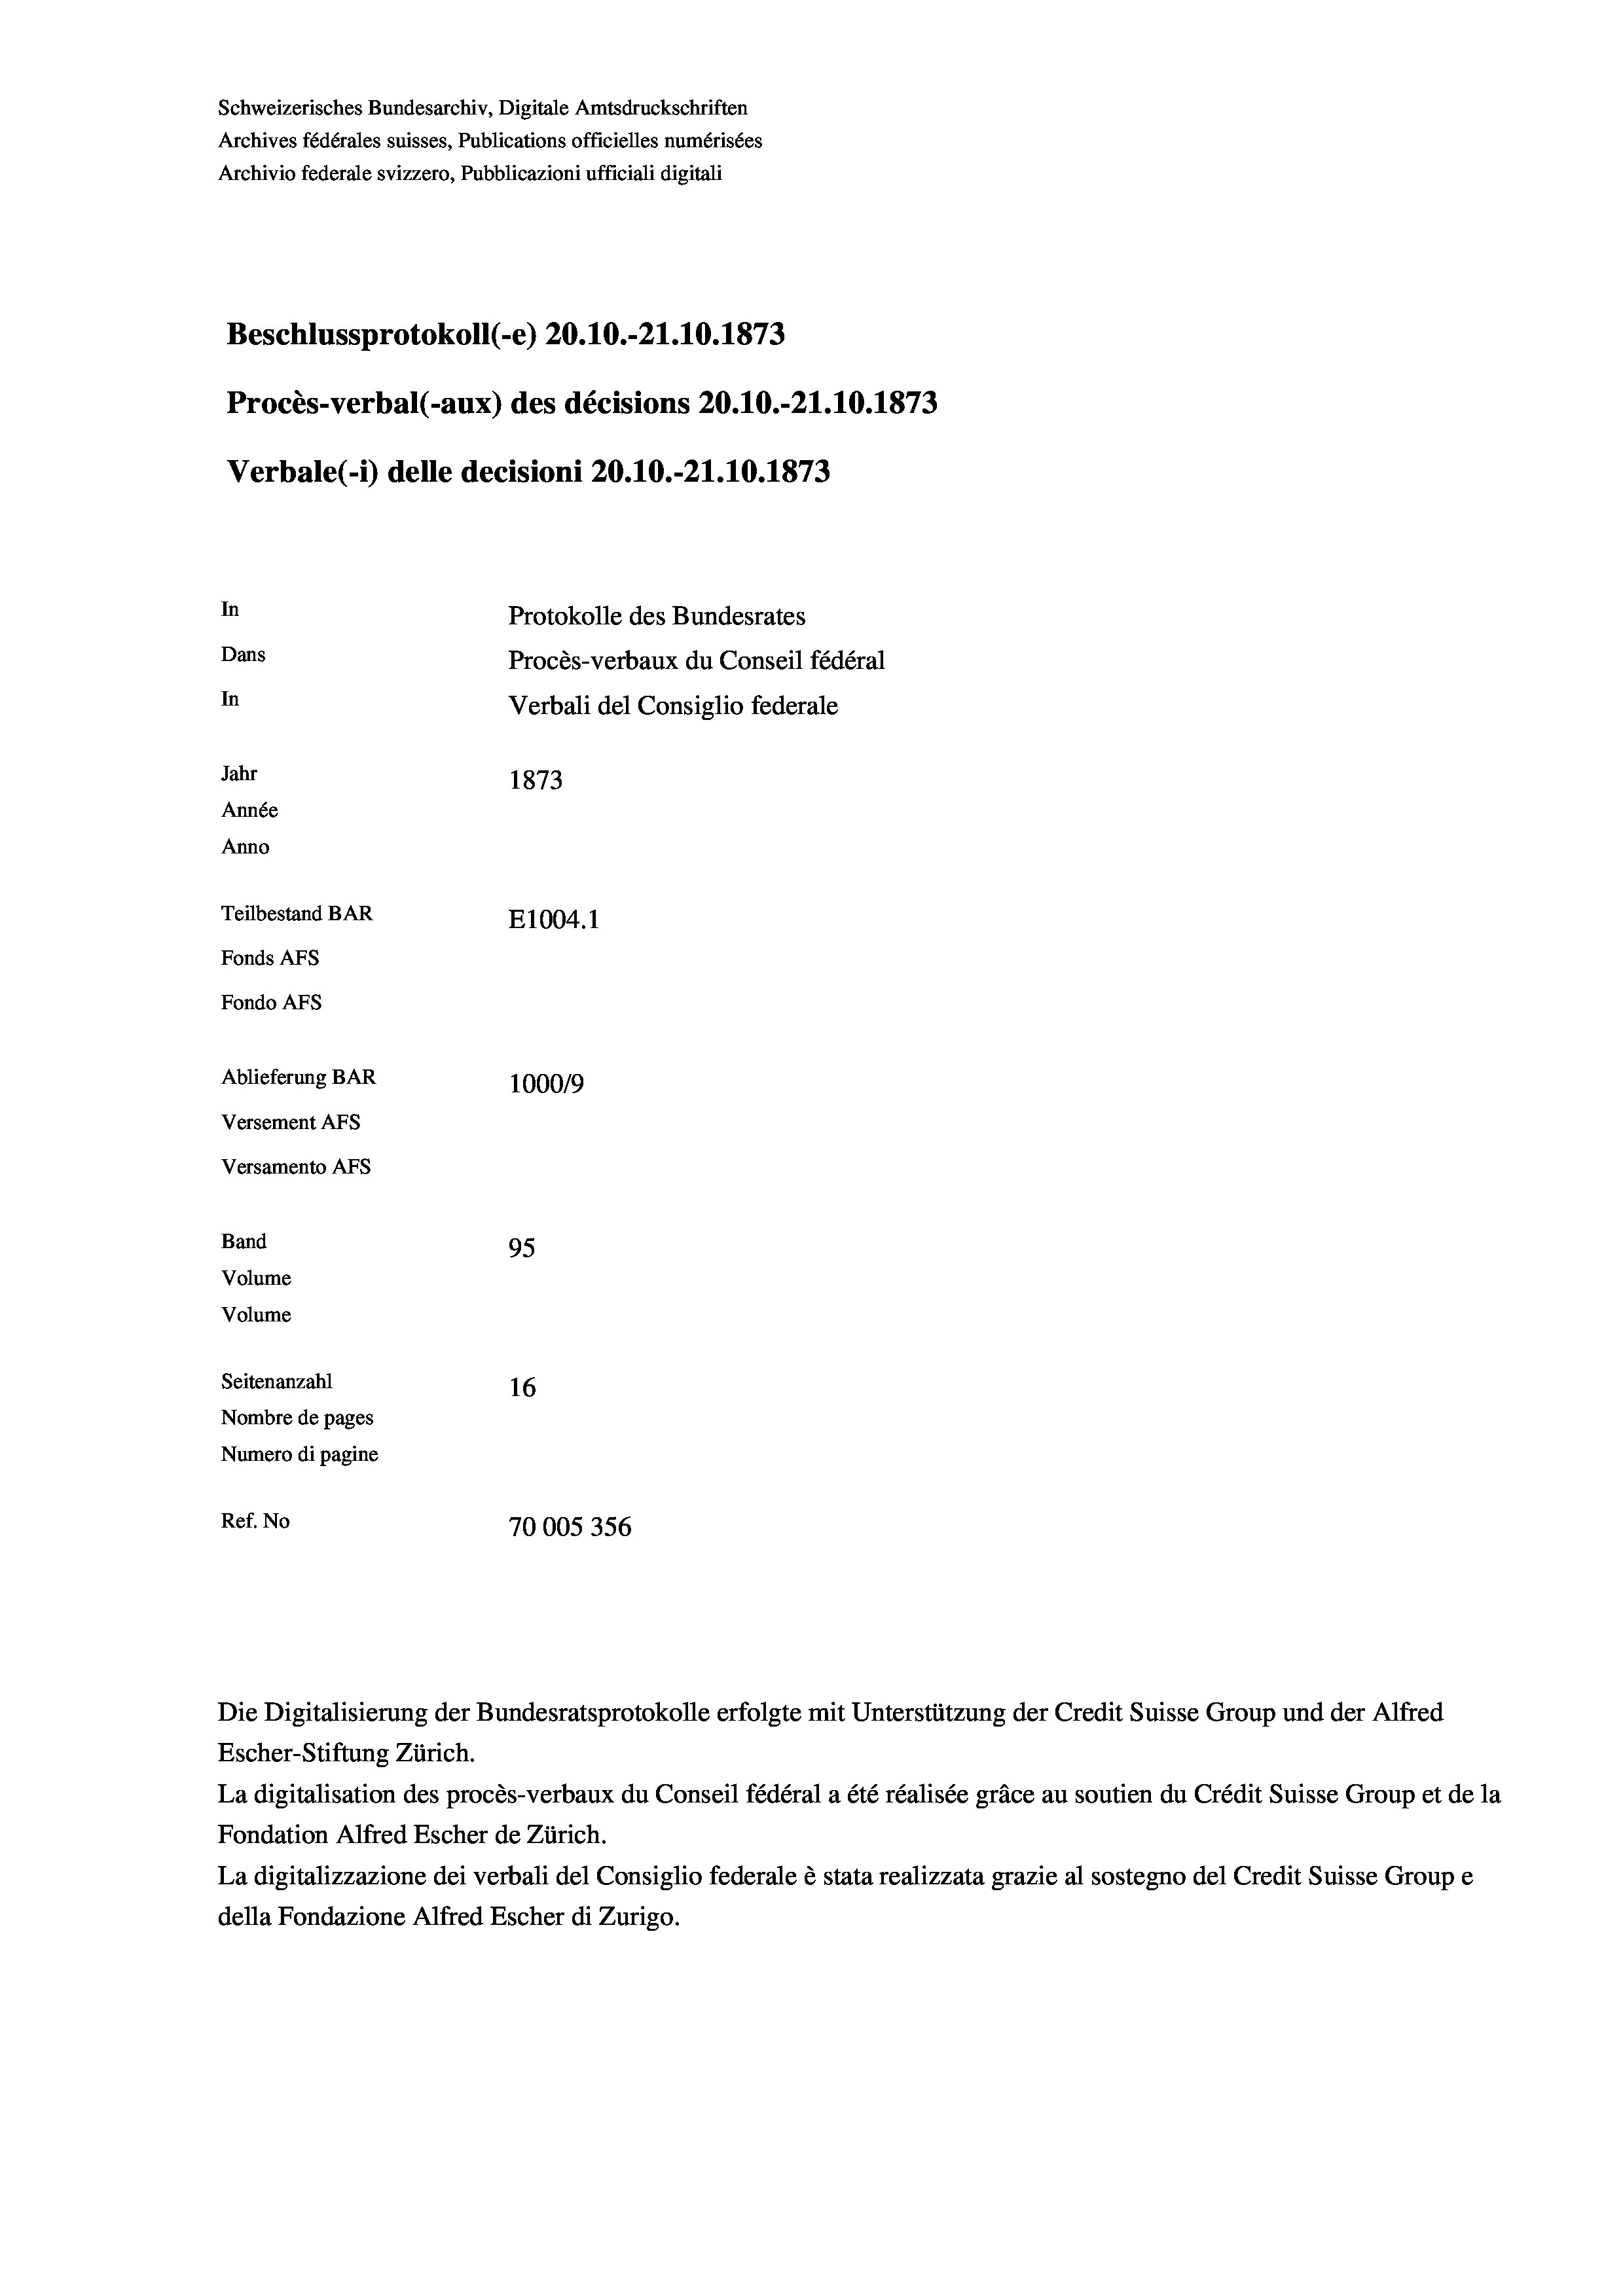
Schweizerisches Bundesarchiv, Digitale Amtsdruckschriften
Archives fédérales suisses, Publications officielles numérisées
Archivio federale svizzero, Pubblicazioni ufficiali digitali
Beschlussprotokoll (-e) 20.10.-21.10.1873
Procès-verbal (-aux) des décisions 20.10.-21.10.1873
Verbale (- 1) delle decisioni 20.10.-21.10.1873
In
Protokolle des Bundesrates
Dans
Procès-verbaux du Conseil fédéral
In
Verbali del Consiglio federale
Jahr
1873
Année
Anno
Teilbestand BAR
E1004.1
Fonds AFs
Fondo AFs
Ablieferung BAR
100019
Versement AFs
Versamento AFs

95
Volume
Seitenanzahl
16
Nombre de pages
Numero di pagine
Ref. No
70005356

Band
Volume

Escher-Stiftung Zürich.
La digitalisation des procès-verbaux du Conseil fédéral a été réalisée gräce au soutien du Crédit Suisse Group et de la
Fondation Alfred Escher de Zürich.
La digitalizzazione dei verbali del Consiglio federale è stata realizzata grazie al sostegno del Credit Suisse Groupe
della Fondazione Alfred Escher di Zurigo.

Die Digitalisierung der Bundesratsprotokolle erfolgte mit Unterstützung der Credit Suisse Group und der Alfred